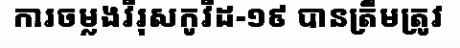
ការចម្លងវីរុសកូវីដ-១៩ បានត្រឹមត្រូវ